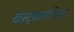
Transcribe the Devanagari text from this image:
कंस्ट्रकशनिस्ट